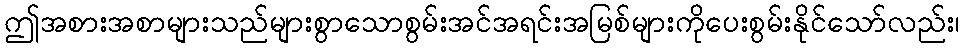
ဤအစားအစာများသည်များစွာသောစွမ်းအင်အရင်းအမြစ်များကိုပေးစွမ်းနိုင်သော်လည်း၊